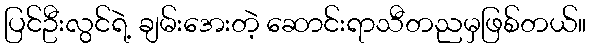
ပြင်ဦးလွင်ရဲ့ ချမ်းအေးတဲ့ ဆောင်းရာသီတညမှဖြစ်တယ်။